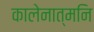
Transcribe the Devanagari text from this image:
कालेनात्मनि